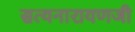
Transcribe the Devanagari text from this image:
सत्यनारायणजी